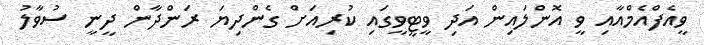
ވީއެފްއެމްއާއި ވީ އޮންލައިން އަދި ވީޓީވީގައި ކުރިއަށް ގެންދިޔަ ރަންދާން ދީނީ ސުވާލު